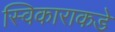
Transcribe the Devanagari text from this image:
स्विकाराकडे